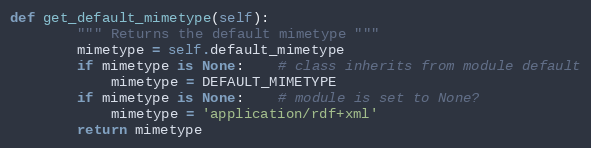
Language: Python
def get_default_mimetype(self):
		""" Returns the default mimetype """
		mimetype = self.default_mimetype
		if mimetype is None:	# class inherits from module default
			mimetype = DEFAULT_MIMETYPE
		if mimetype is None:	# module is set to None?
			mimetype = 'application/rdf+xml'
		return mimetype